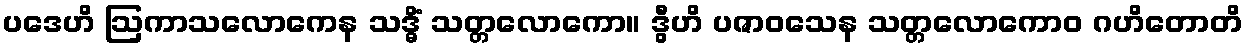
ပဒေဟိ ဩကာသလောကေန သဒ္ဓိံ သတ္တလောကော။ ဒွီဟိ ပဇာဝသေန သတ္တလောကောဝ ဂဟိတောတိ